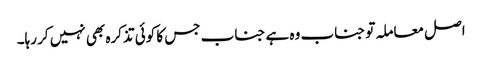
اصل معاملہ تو جناب وہ ہے جناب جس کا کوئی تذکرہ بھی نہیں کر رہا۔